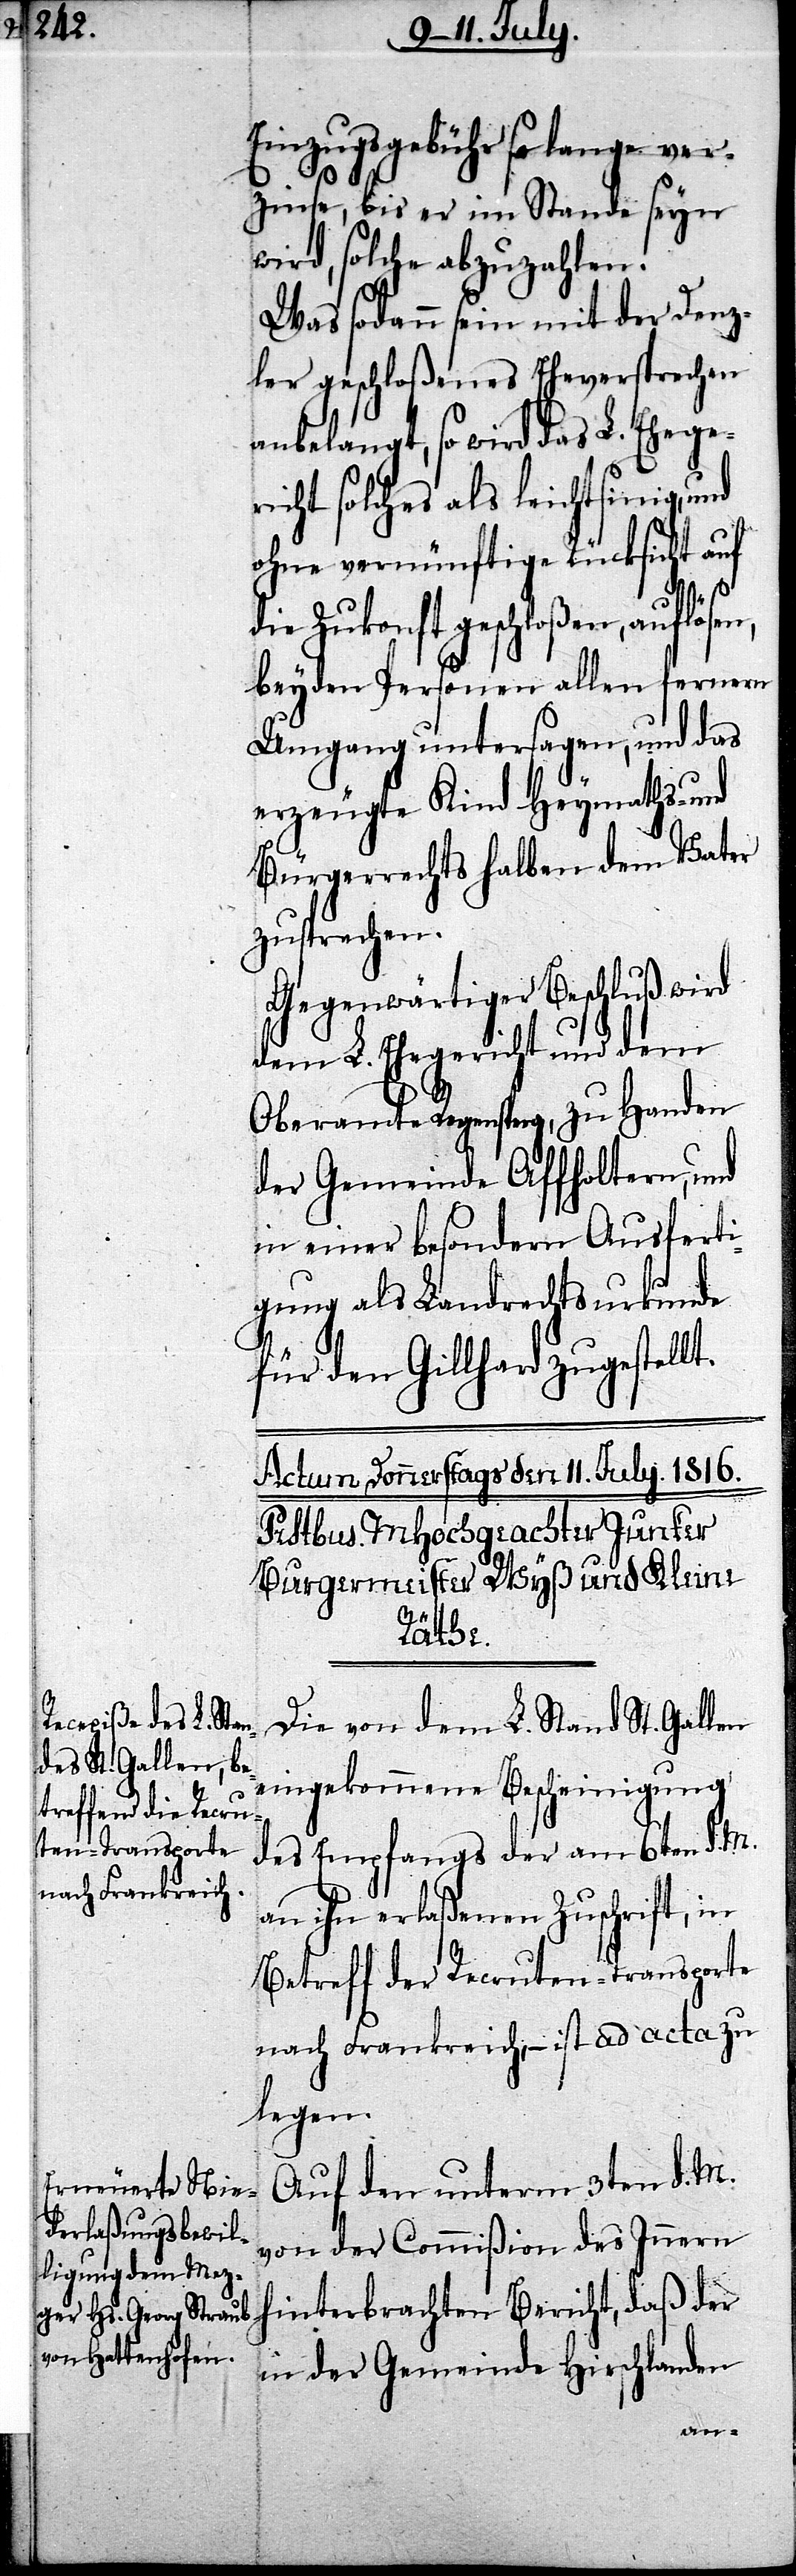
Einzugsgebühr so lange ver¬
zinse, bis er im Stande seyn
wird, solche abzuzahlen.
Was sodann sein mit der Denz¬
ler geschloßenes Eheversprechen
anbelangt, so wird das L. Ehege¬
richt solches als leichtsinig, und
ohne vernünftige Rücksicht auf
Zukonft geschloßen, auflösen,
beyden Personen allen fernern
Umgang untersagen, und das
erzeugte Kind Heymaths- und
Bürgerrechts halben dem Vater
zugesprochen.
Gegenwärtiger Beschluß wird
dem L. Ehegericht und dem
Oberamte Regensperg, zu Handen
der Gemeinde Affholtern, und
in einer besondern Ausferti¬
gung als Landrechtsurkunde
für den Gillhard zugestellt.
Die von dem L. Stand St. Gallen
eingekommene Bescheinigung
des Empfangs der am 6ten d. M.
an ihn erlaßenen Zuschrift, in
Betreff der Recruten-Transporte
nach Frankreich, – ist ad acta zu
legen.
Auf den unterm 3ten d. M.
von der Commißion des Innern
hinterbrachten Bericht, daß der
in der Gemeinde Hirschlanden